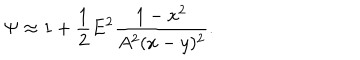
\Psi \approx 1 + \frac { 1 } { 2 } E ^ { 2 } \frac { 1 - x ^ { 2 } } { A ^ { 2 } ( x - y ) ^ { 2 } } .